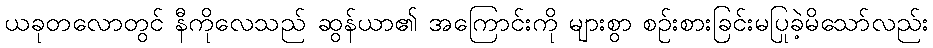
ယခုတလောတွင် နီကိုလေသည် ဆွန်ယာ၏ အကြောင်းကို များစွာ စဉ်းစားခြင်းမပြုခဲ့မိသော်လည်း